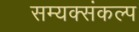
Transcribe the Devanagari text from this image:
सम्यक्संकल्प